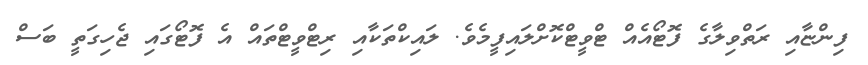
ފިންޏާއި ރަތްވިލާގެ ފޮޓޯއެއް ޓްވީޓްކޮށްލައިފީމެވެ. ލައިކްތަކާއި ރިޓްވީޓްތައް އެ ފޮޓޯގައި ޖެހިގަތީ ބަސް